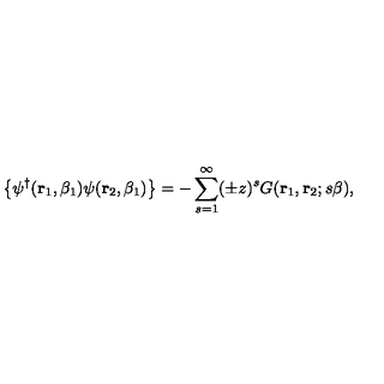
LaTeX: \left\{ \psi ^ { \dagger } ( { \bf r } _ { 1 } , \beta _ { 1 } ) \psi ( { \bf r } _ { 2 } , \beta _ { 1 } ) \right\} = - \sum _ { s = 1 } ^ { \infty } ( \pm z ) ^ { s } G ( { \bf r } _ { 1 } , { \bf r } _ { 2 } ; s \beta ) ,